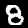
Digit: 8